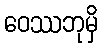
ဝေဿဘုမှိ